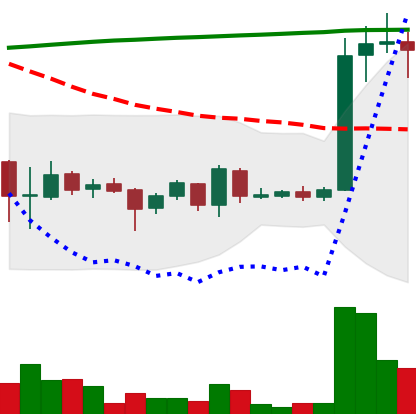
Ticker: EOS-USD
Chart end date: 2018-04-14
Forward return: 9.773%
Label: up_7plus